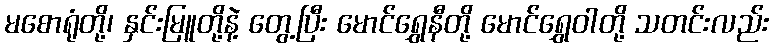
မစောရုံတို့၊ နှင်းမြူတို့နဲ့ တွေ့ပြီး မောင်ရွှေနီတို့ မောင်ရွှေဝါတို့ သတင်းလည်း